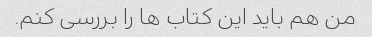
من هم باید این کتاب ها را بررسی کنم.